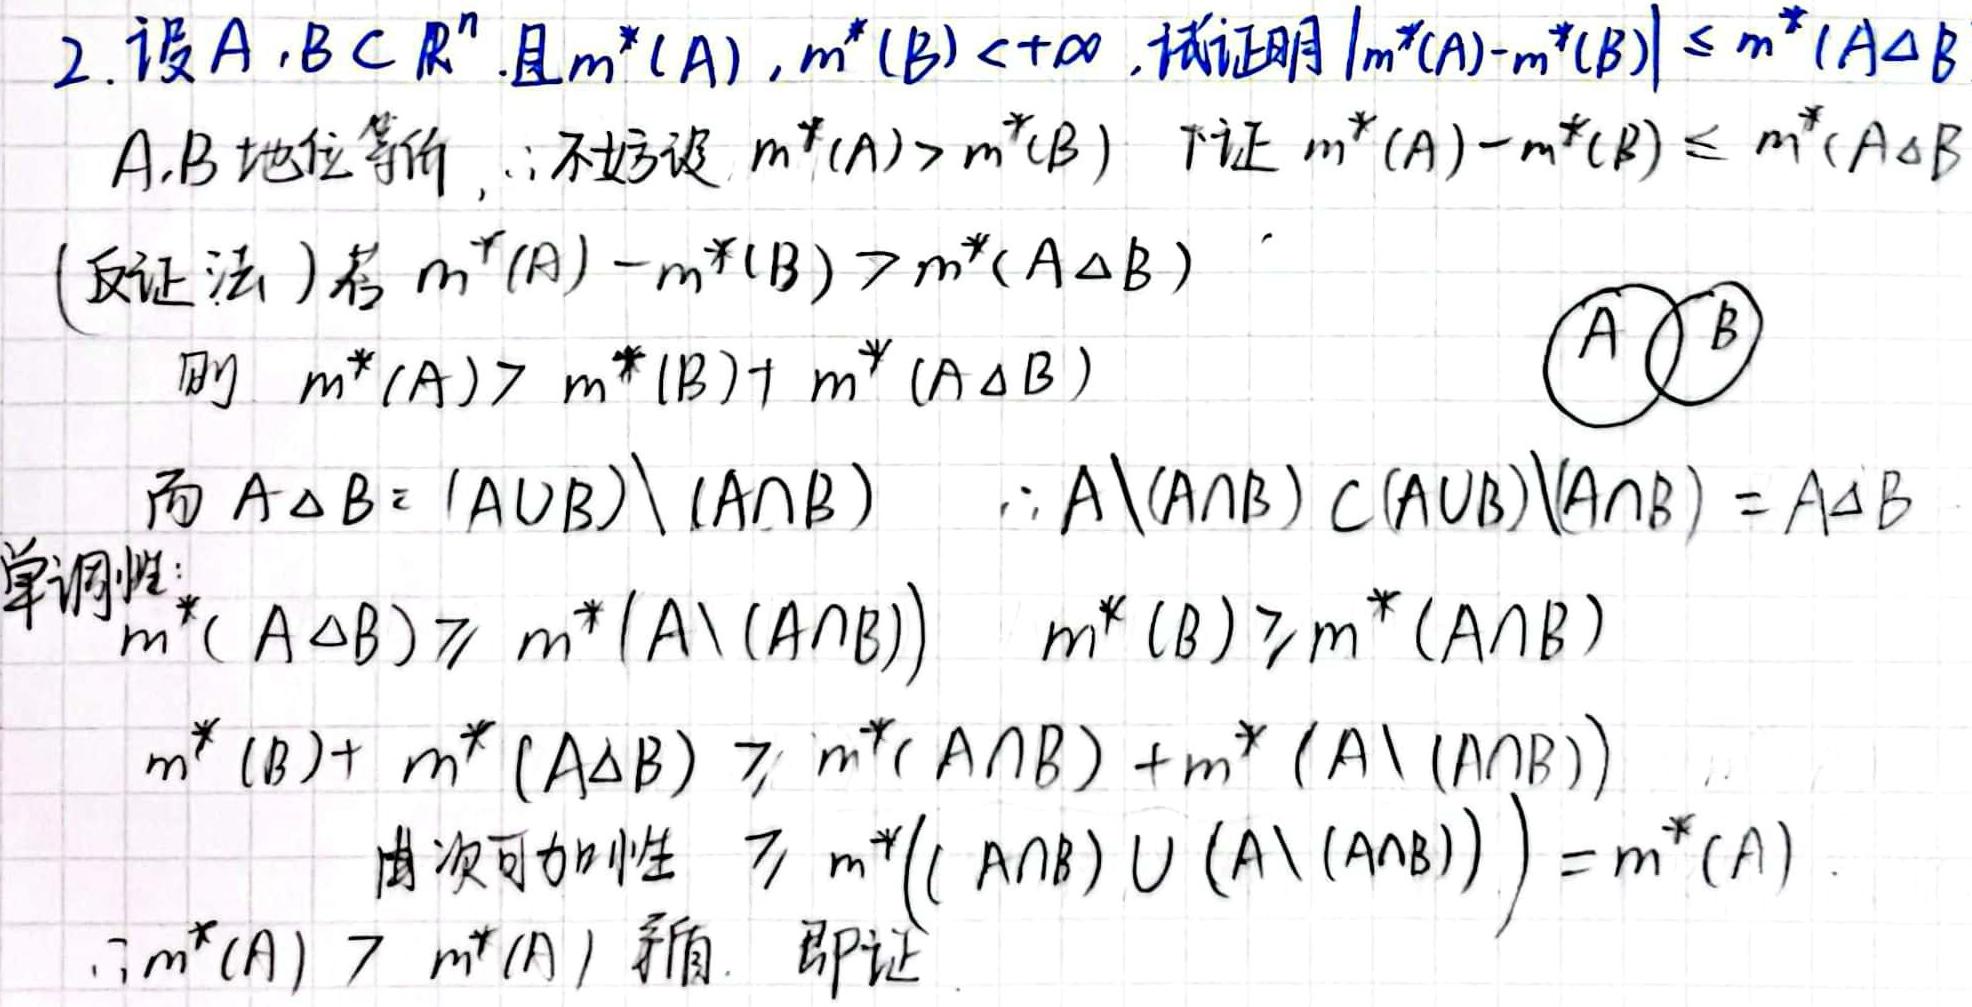
2. 设 \(A,B\subset\mathbb{R}^n\). 且 \(m^*(A),m^*(B)<+\infty\), 试证明 \(|m^*(A) - m^*(B)|\leq m^*(A\Delta B)\)

\(A,B\) 地位等价, \(\therefore\) 不妨设 \(m^*(A)>m^*(B)\) 下证 \(m^*(A)-m^*(B)\leq m^*(A\Delta B)\)

(反证法) 若 \(m^*(A)-m^*(B)>m^*(A\Delta B)\)

则 \(m^*(A)>m^*(B)+m^*(A\Delta B)\)

而 \(A\Delta B=(A\cup B)\setminus(A\cap B)\) \(\because A\setminus(A\cap B)\subset(A\cup B)\setminus(A\cap B)=A\Delta B\)

单调性:
\(m^*(A\Delta B)\geq m^*(A\setminus(A\cap B))\) \(m^*(B)\geq m^*(A\cap B)\)

\(m^*(B)+m^*(A\Delta B)\geq m^*(A\cap B)+m^*(A\setminus(A\cap B))\)

由次可加性 \(\geq m^*((A\cap B)\cup(A\setminus(A\cap B)))=m^*(A)\)

\(\therefore m^*(A)>m^*(A)\) 矛盾. 即证